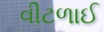
વીટળાઈ